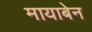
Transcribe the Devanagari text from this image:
मायाबेन